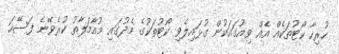
ހުރިހާ ކޯޓުތަކެއް އެއް ވިއުގައަކުން ގުޅައިލެވި ކޯޓުތަކުގެ މެދުގައި މުއާމަލާތު ކުރެވޭނެ ފަސޭހަ